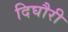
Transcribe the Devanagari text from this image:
दिघौरी